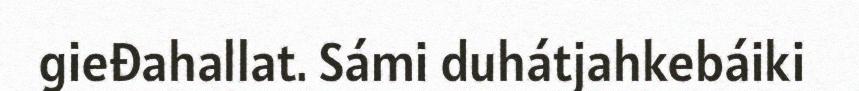
gieđahallat. Sámi duhátjahkebáiki